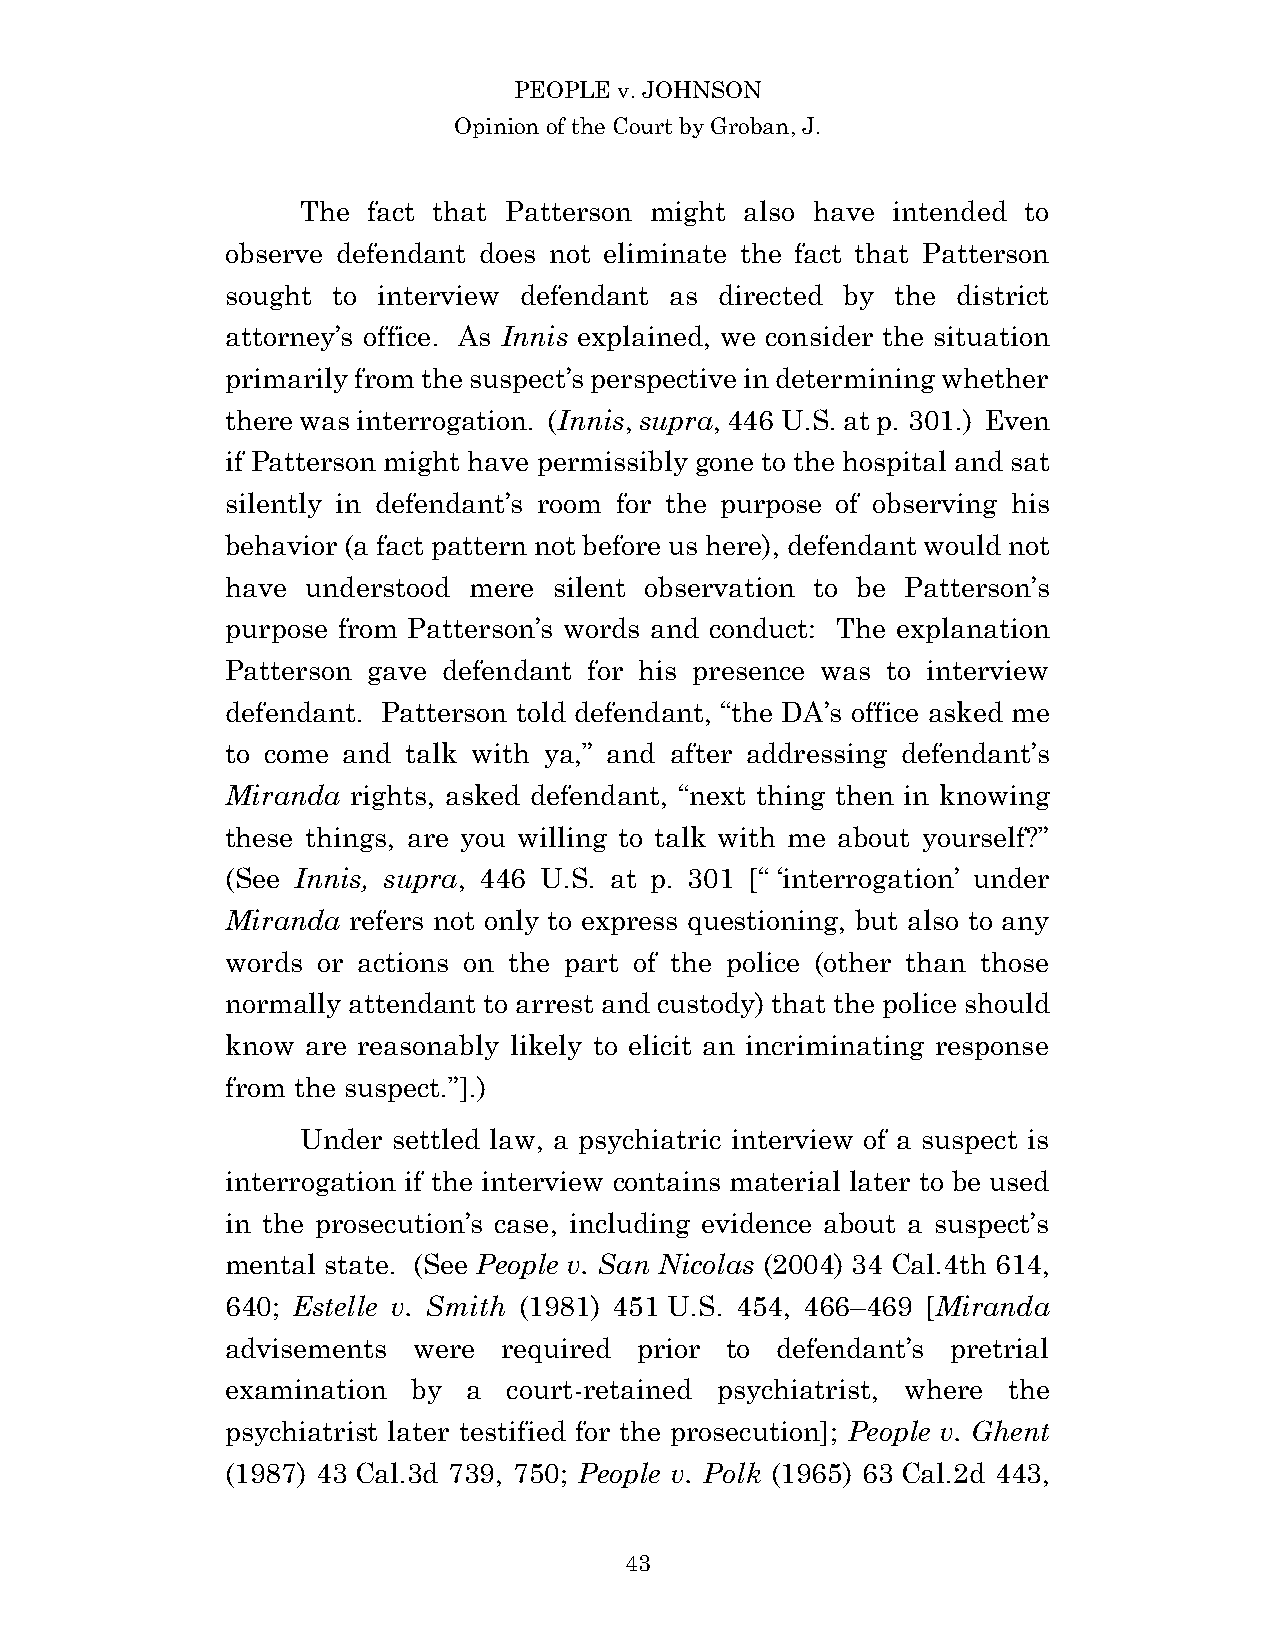
PEOPLE v. JOHNSON
 Opinion of the Court by Groban, J.
 The fact that Patterson might also have intended to
 observe defendant does not eliminate the fact that Patterson
 sought to interview defendant as directed by the district
 attorney’s office. As Innis explained, we consider the situation
 primarily from the suspect’s perspective in determining whether
 there was interrogation. (Innis, supra, 446 U.S. at p. 301.) Even
 if Patterson might have permissibly gone to the hospital and sat
 silently in defendant’s room for the purpose of observing his
 behavior (a fact pattern not before us here), defendant would not
 have understood mere  silent observation to be Patterson’s
 purpose from Patterson’s words and conduct: The explanation
 Patterson gave defendant for his presence was to interview
 defendant. Patterson told defendant, “the DA’s office asked me
 to come and talk with ya,” and after addressing defendant’s
 Miranda rights, asked defendant, “next thing then in knowing
 these things, are you willing to talk with me about yourself?”
 (See Innis, supra, 446 U.S. at p. 301 [“ ‘interrogation’ under
 Miranda refers not only to express questioning, but also to any
 words or actions on the part of the police (other than those
 normally attendant to arrest and custody) that the police should
 know are reasonably likely to elicit an incriminating response
 from the suspect.”].)
 Under settled law, a psychiatric interview of a suspect is
 interrogation if the interview contains material later to be used
 in the prosecution’s case, including evidence about a suspect’s
 mental state. (See People v. San Nicolas (2004) 34 Cal.4th 614,
 640; Estelle v. Smith (1981) 451 U.S. 454, 466–469 [Miranda
 advisements were  required prior to defendant’s pretrial
 examination by  a  court-retained psychiatrist, where the
 psychiatrist later testified for the prosecution]; People v. Ghent
 (1987) 43 Cal.3d 739, 750; People v. Polk (1965) 63 Cal.2d 443,
 4 3